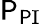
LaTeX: \mathsf{P}_{\mathrm{{\mathsf{P}I}}}